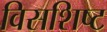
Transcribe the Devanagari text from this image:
विसशिष्ट